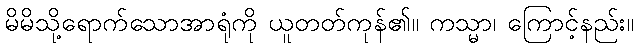
မိမိသို့ရောက်သောအာရုံကို ယူတတ်ကုန်၏။ ကသ္မာ၊ ကြောင့်နည်း။